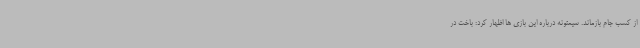
از کسب جام بازماند. سیمئونه درباره این بازی ها اظهار کرد: باخت در